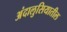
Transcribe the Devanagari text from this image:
अंदालुसियातील